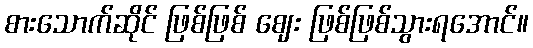
စားသောက်ဆိုင် ဖြစ်ဖြစ် ဈေး ဖြစ်ဖြစ်သွားရအောင်။